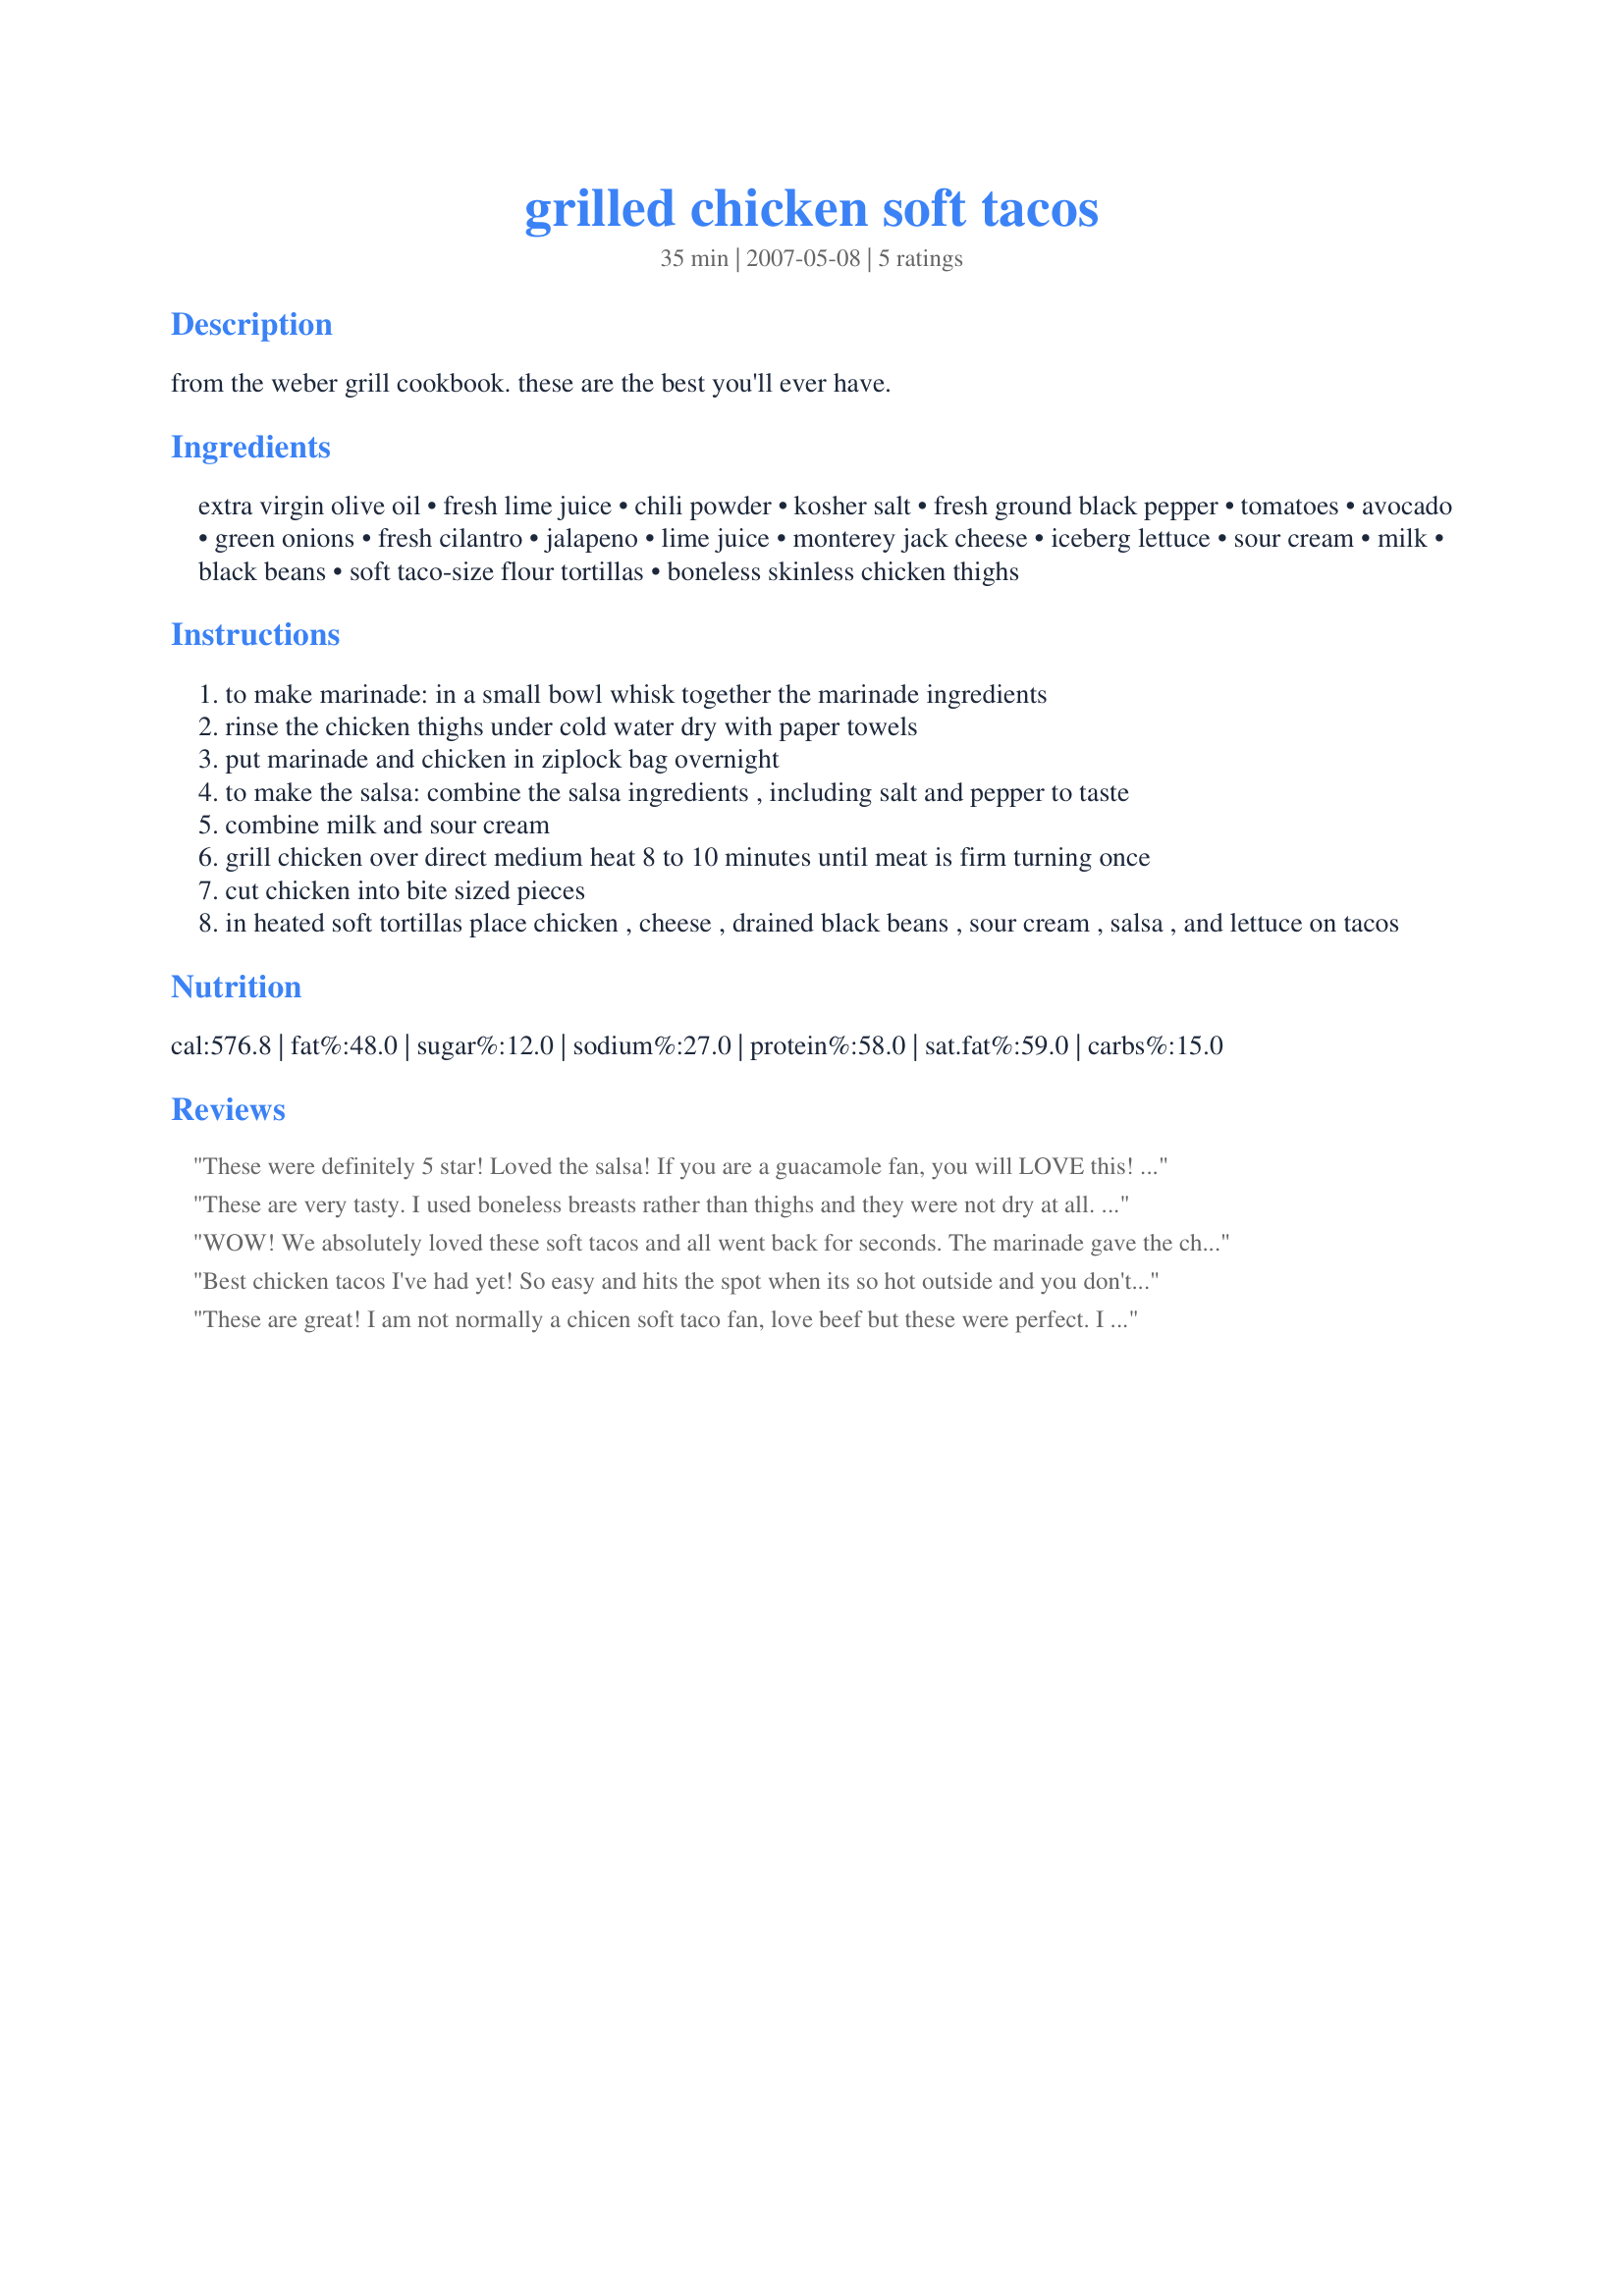
grilled chicken soft tacos
Preparation time: 35 minutes

from the weber grill cookbook. these are the best you'll ever have.

Ingredients:
extra virgin olive oil, fresh lime juice, chili powder, kosher salt, fresh ground black pepper, tomatoes, avocado, green onions, fresh cilantro, jalapeno, lime juice, monterey jack cheese, iceberg lettuce, sour cream, milk, black beans, soft taco-size flour tortillas, boneless skinless chicken thighs

Steps:
to make marinade: in a small bowl whisk together the marinade ingredients
rinse the chicken thighs under cold water dry with paper towels
put marinade and chicken in ziplock bag overnight
to make the salsa: combine the salsa ingredients , including salt and pepper to taste
combine milk and sour cream
grill chicken over direct medium heat 8 to 10 minutes until meat is firm turning once
cut chicken into bite sized pieces
in heated soft tortillas place chicken , cheese , drained black beans , sour cream , salsa , and lettuce on tacos

Reviews:
These were definitely 5 star! Loved the salsa! If you are a guacamole fan, you will LOVE this! I didn't have time to marinate the chicken, so I put all the marinade into a sautee pan with the chicken cut up in little bites. I sauteed the chicken instead of grilled because I didn't have a grill at the time either. Poured the marinade out at the end. I can't imagine how good it will taste once I grill the chicken if it was so great this fast way! I also added a whole sliced jalapeno (seeds removed) to the salsa and it wasn't hot. I did change the sour cream sauce by not putting milk in but a couple tbsps of lime juice, a 1/8 tsp of cumin and a 1/8 tsp of chili powder and mixed that up. Loved it and thought that brought out the taste in the chicken even more! Thank you so much for posting! New favorite dinner for me!
These are very tasty. I used boneless breasts rather than thighs and they were not dry at all. I omitted the avocado from the salsa but I added red onion as I didn't think the white ends of the scallions was sufficient. We didn't use black beans, because my husband doesn't like them but I'm sure they'd be great in them.
WOW! We absolutely loved these soft tacos and all went back for seconds. The marinade gave the chicken great flavor. The chicken thighs came out downright succulent. Then putting the black beans, salsa, cheese, sour cream and lettuce on top...made the meal over the top! Well worth 5 stars or more.
Best chicken tacos I've had yet! So easy and hits the spot when its so hot outside and you don't want anything too heavy. Fresh tasting and chicken has great flavor for such a simple marinade. Only thing I changed was to add a whole, unseeded jalapeno to the salsa (kids were not eating this part). Salsa is so good that I'll double next time so we have leftovers for chips. Thank you for submitting!
These are great! I am not normally a chicen soft taco fan, love beef but these were perfect. I actually used leftover chicken from the grocery hot chickens, marinaded it as if it was raw and continued the recipe as directed. We even fought over who got the last one lol
